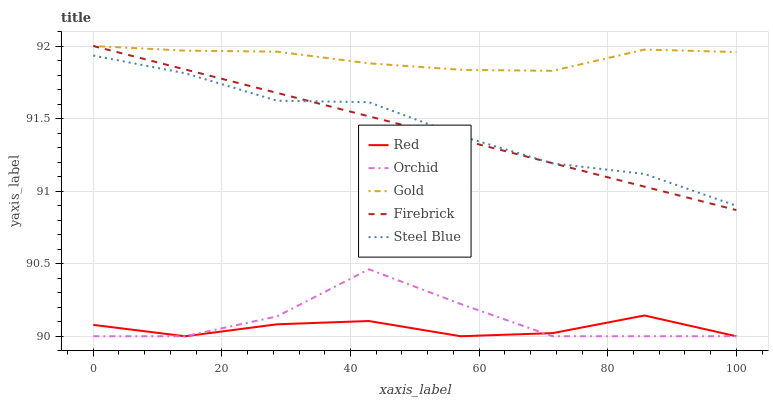
| xaxis_label | Red | Orchid | Gold | Firebrick | Steel Blue |
 | --- | --- | --- | --- | --- | --- |
 | 0 | 90.1 | 90 | 92 | 92 | 91.9 |
 | 14.3 | 90 | 90 | 92 | 91.8 | 91.8 |
 | 28.6 | 90.1 | 90.1 | 92 | 91.7 | 91.6 |
 | 42.9 | 90.1 | 90.5 | 91.9 | 91.5 | 91.6 |
 | 57.1 | 90 | 90.2 | 91.8 | 91.4 | 91.4 |
 | 71.4 | 90 | 90 | 91.8 | 91.2 | 91.2 |
 | 85.7 | 90.1 | 90 | 92 | 91 | 91.1 |
 | 100 | 90 | 90 | 92 | 90.9 | 90.9 |